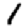
Digit: 1